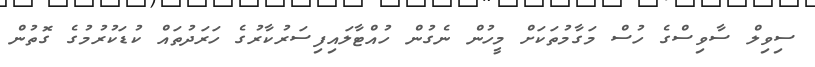
ސިވިލް ސާވިސްގެ ހުސް މަގާމުތަކަށް މީހުން ނެގުން ހުއްޓާލައިފިސަރުކާރުގެ ހަރަދުތައް ކުޑަކުރުމުގެ ގޮތުން